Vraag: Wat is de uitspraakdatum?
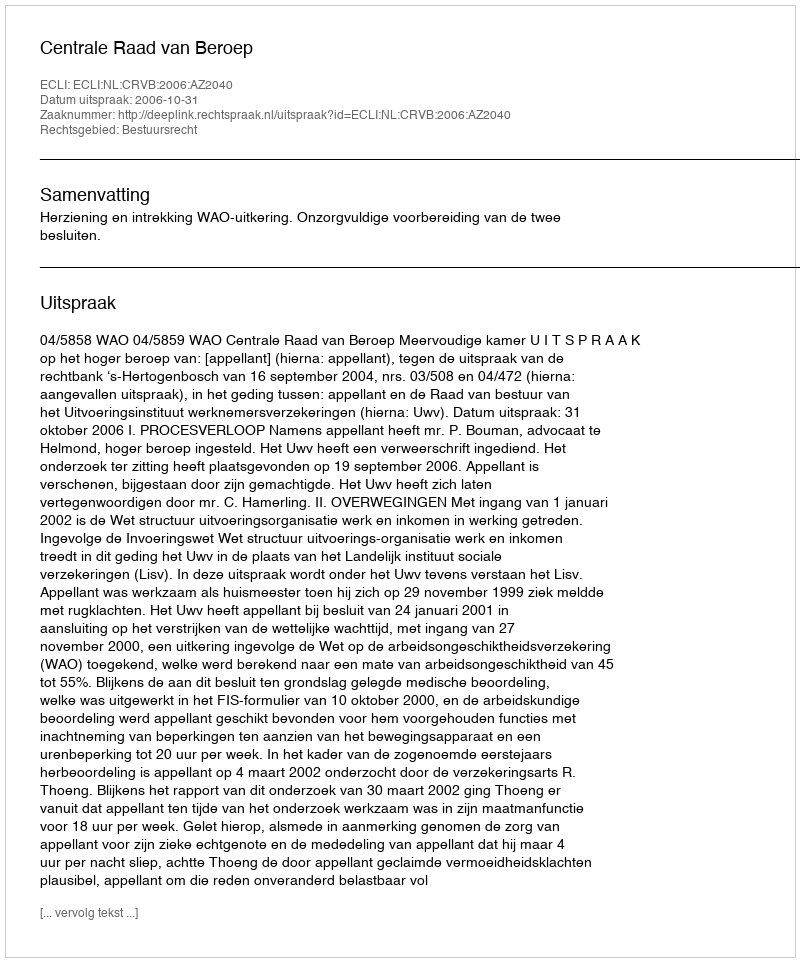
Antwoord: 2006-10-31